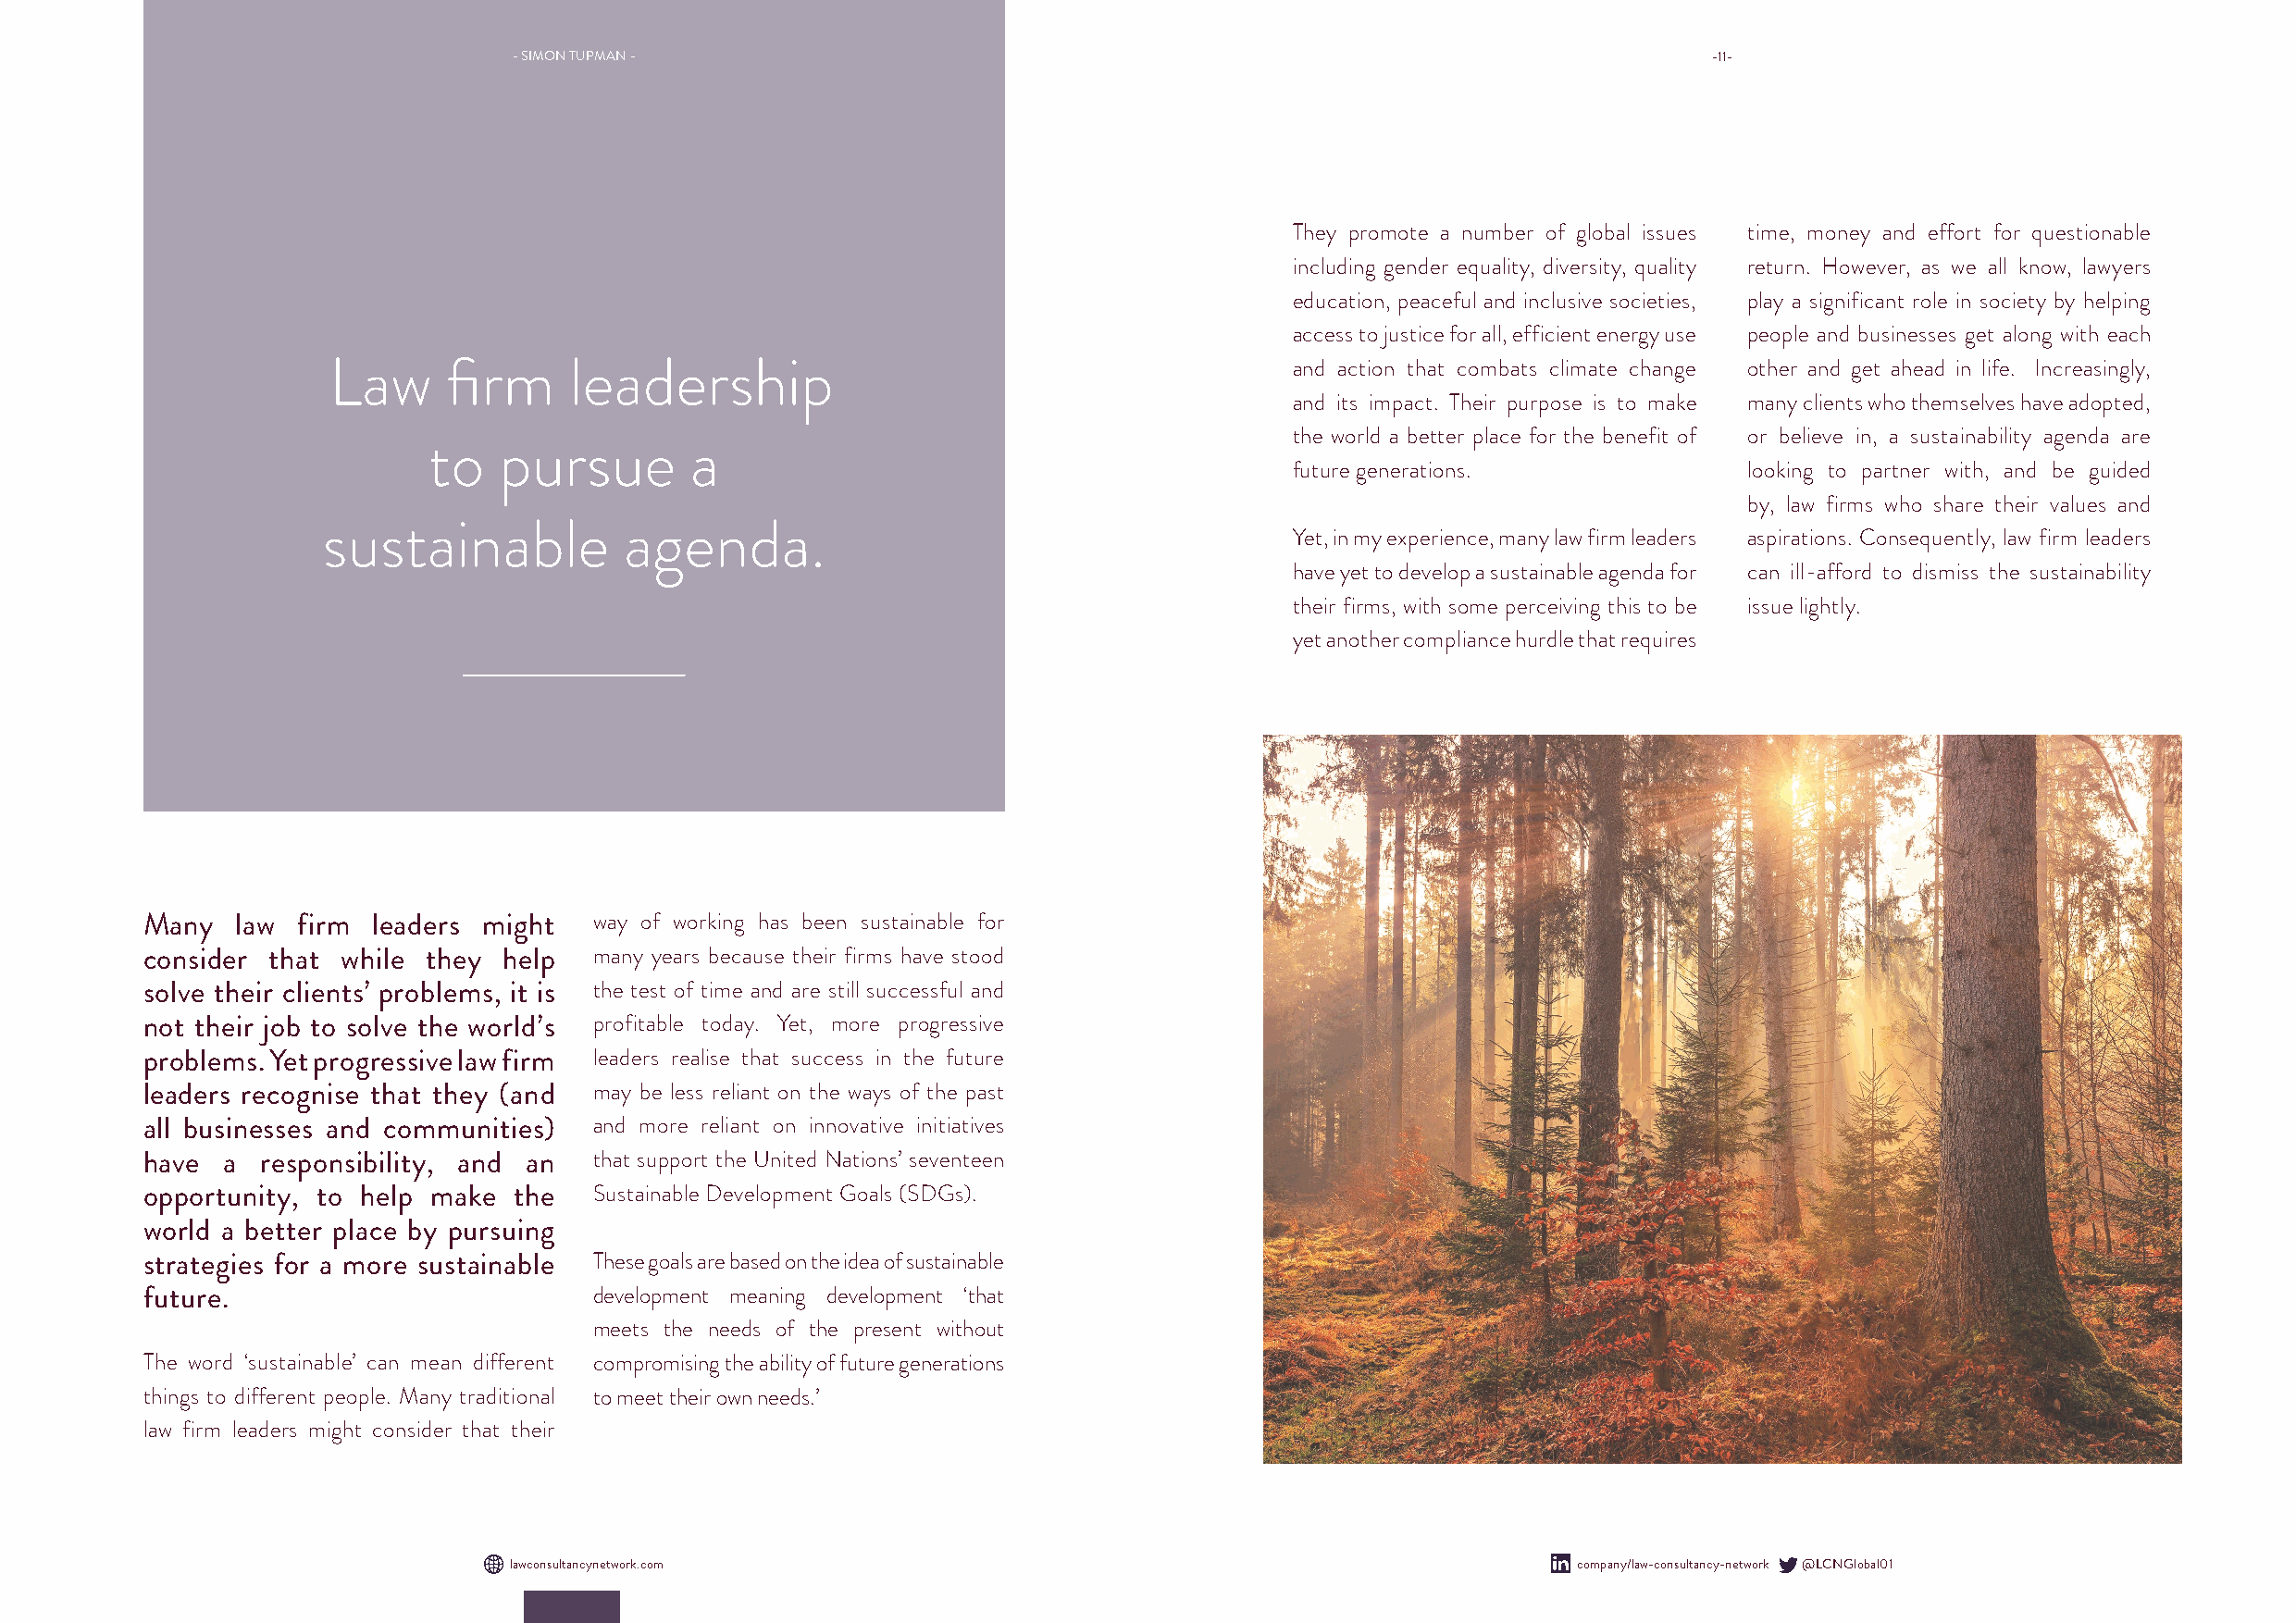
- SIMON TUPMAN -                                                                     -11-
 They promote a number of global issues time, money and effort for questionable
 including gender equality, diversity, quality return. However, as we all know, lawyers
 education, peaceful and inclusive societies, play a significant role in society by helping
 access to justice for all, efficient energy use people and businesses get along with each
 Law     firm     leadership                                         and action that combats climate change other and get ahead in life. Increasingly,
 and its impact. Their purpose is to make many clients who themselves have adopted,
 the world a better place for the benefit of or believe in, a sustainability agenda are
 to   pursue       a
 future generations.              looking to partner with, and be guided
 by, law firms who share their values and
 sustainable           agenda.
 Yet, in my experience, many law firm leaders aspirations. Consequently, law firm leaders
 have yet to develop a sustainable agenda for can ill-afford to dismiss the sustainability
 their firms, with some perceiving this to be issue lightly.
 yet another compliance hurdle that requires
 Many   law firm  leaders might  way of working has been sustainable for
 consider that while they  help  many years because their firms have stood
 solve their clients’ problems, it is the test of time and are still successful and
 not their job to solve the world’s profitable today. Yet, more progressive
 problems. Yet progressive law firm leaders realise that success in the future
 leaders recognise that they (and may be less reliant on the ways of the past
 all businesses and communities) and more reliant on innovative initiatives
 have  a  responsibility, and an that support the United Nations’ seventeen
 opportunity, to help make  the  Sustainable Development Goals (SDGs).
 world a better place by pursuing
 strategies for a more sustainable These goals are based on the idea of sustainable
 future.                         development meaning development ‘that
 meets the needs of the present without
 The word ‘sustainable’ can mean different compromising the ability of future generations
 things to different people. Many traditional to meet their own needs.’
 law firm leaders might consider that their
 lawconsultancynetwork.com                                                    company/law-consultancy-network @LCNGlobal01